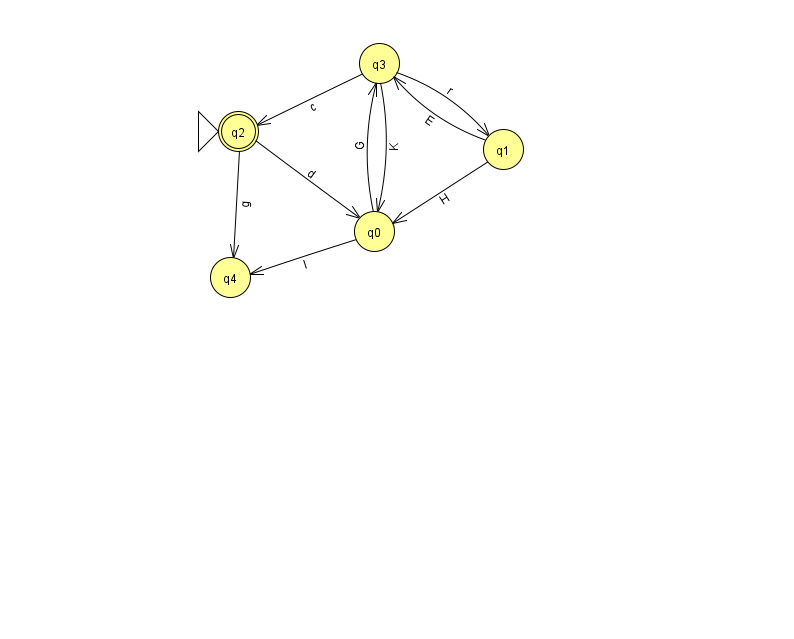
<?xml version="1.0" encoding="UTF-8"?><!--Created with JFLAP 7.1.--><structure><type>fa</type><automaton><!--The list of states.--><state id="0" name="q0"><x>374.0</x><y>218.0</y></state><state id="1" name="q1"><x>503.0</x><y>136.0</y></state><state id="2" name="q2"><x>238.0</x><y>118.0</y><initial/><final/></state><state id="3" name="q3"><x>379.0</x><y>50.0</y></state><state id="4" name="q4"><x>230.0</x><y>264.0</y></state><!--The list of transitions.--><transition><from>3</from><to>1</to><read>r</read></transition><transition><from>2</from><to>4</to><read>g</read></transition><transition><from>0</from><to>4</to><read>I</read></transition><transition><from>1</from><to>3</to><read>E</read></transition><transition><from>0</from><to>3</to><read>G</read></transition><transition><from>1</from><to>0</to><read>H</read></transition><transition><from>3</from><to>2</to><read>c</read></transition><transition><from>3</from><to>0</to><read>K</read></transition><transition><from>2</from><to>0</to><read>d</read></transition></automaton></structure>